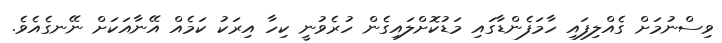
ވިސްނުމަށް ގެއްލިފައި ހާމަފެންޑާގައި މަޑުކޮށްލައިގެން ހުރެވުނީ ކިހާ އިރަކު ކަމެއް އޭނާއަކަށް ނޭނގެއެވެ.